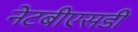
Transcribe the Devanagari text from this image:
नेटबीएसडी